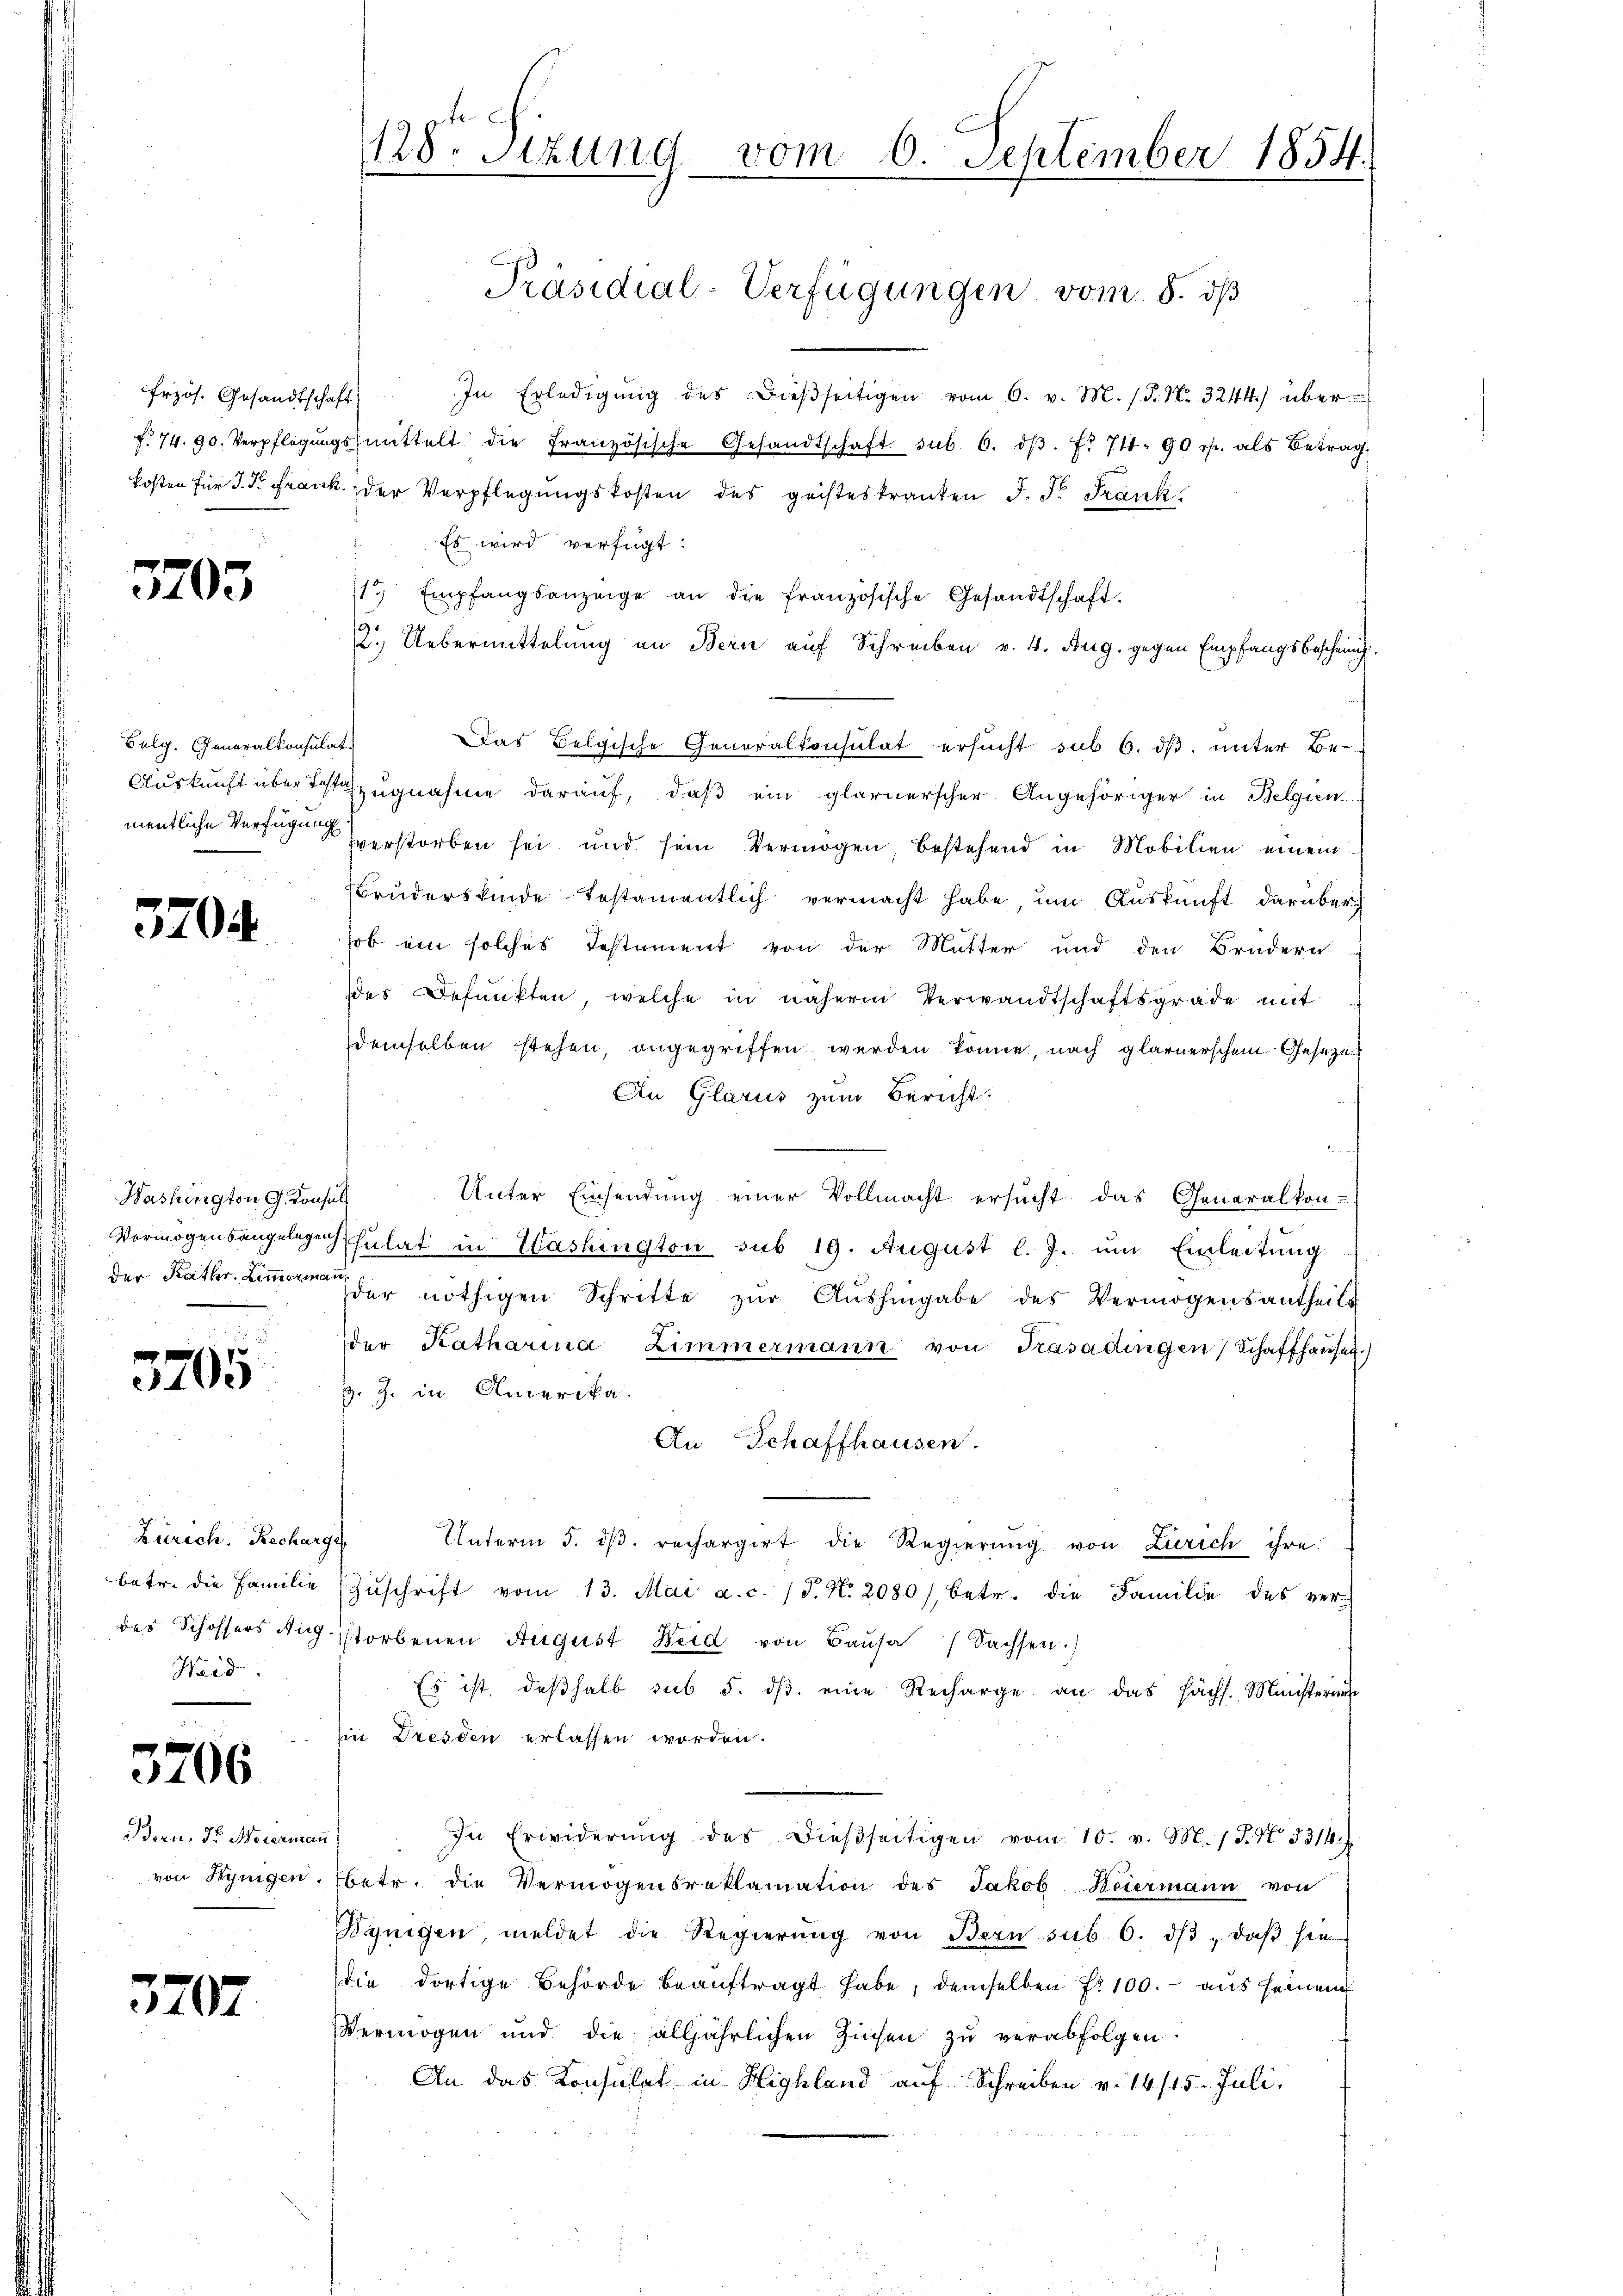
frzös. Gesandtschaft

3705

Sulg. Generalkonsulat

3704

Washington G. Konsult

e
5205

Zürich. Recharge
betr. die Familie
Weid

3706

Bern. Dr Meiermai
von Bynigen.

3707

128. Sitzung vom 6. September 1854.

In Erledigŭng des Bieβseitigen vom 6. v. M. P. Nr. 3244) über-
f. 74. 90. Verpflegŭngsmittelt die französische Gesandtschaft sub 6. dβ. f. 71. 90 rp. als Betrag
kosten für J. P. Frank der Verpflegungskosten des geisteskranken J. Fr. Frank
Es wird verfügt:
13 Empfangsanzeige an die französische Gesandtschaft.
2.) Uebermittelung an Bern auf Schreiben v. 4. Aug. gegen Empfangsbescheinig
Das Belgische Generalkonsulat ersucht sub 6. ds. unter Be-
Auskunft über das zugnahme darauf, daß ein glarnerscher Angehöriger in Belgien
mentliche Versagen erstorben sei und sein Vermögen, bestehend in Mobilien einem
Brudersfinde Testamentlich vermacht habe, um Auskunft darüber,
hob ein solches Testament von der Mutter und den Brüdern
des Befunkten, welche in näherm Verwandtschaftsgrade mit
demselben stehen, angegriffen werden könne, nach glarnerschem Geseze
An Glarus zum Bericht.
Unter Einsendung einer Vollmacht ersucht das Generalkon-
Vermögensangelegensulat in Washington sub 19. August l. J. ŭm Einleitŭng
der Kath. Limon der nöthigen Schritte zŭr Aŭshingabe des Vermögensantheils
der Katharina Zimmermann von Trasadingen Schaffhaŭsen)
s. Z. in Amerika.
An Schaffhausen.
Unterm 5. dβ. rechargirt die Regierŭng von Zürich ihre
Zŭschrift vom 13. Mai a.c. (T. N. 2080/, betr. die Familie des ver-
des Schossers Aug istorbenen August Weid von Baŭsa Sachsen.)
Es ist, deβhalb sub 5. dβ eine Recharge an das Hächs. Ministerin
Ein Dresden erlassen worden.
In Erwiderŭng des dießseitigen vom 10. v. M. (T. No 3314)
betr. die Vermögensreklamation des Jakob Weiermann von
Bynigen, meldet die Regierŭng von Bern sub 6. dβ, daβ sie
die dortige Behörde beaŭftragt habe, demselben fr. 100. aus seinem
Vermögen und die alljährlichen Zinsen zu verabfolgen.
An das Konsulat in Highland auf Schreiben v. 14/15. Juli.

Präsidial-Verfügungen vom 8. dß